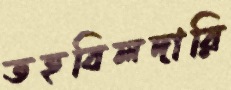
তহবিলদারি